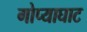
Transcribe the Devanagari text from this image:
गोप्याघाट